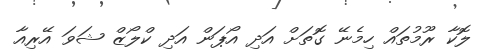
ލޮކާ ރޫމުތައް ހިމެނޭ ގޮތަށް އަދި އޯޕަން އަދި ކްލޯޒް ޝަވަ އޭރިއާ